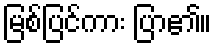
မြစ်ပြင်ကား ပြာ၏။